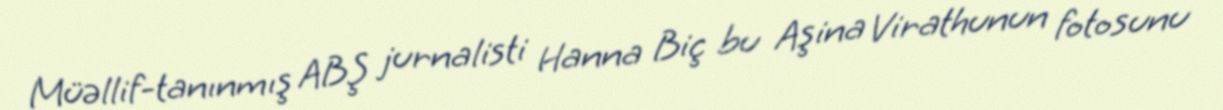
Müəllif-tanınmış ABŞ jurnalisti Hanna Biç bu Aşina Virathunun fotosunu